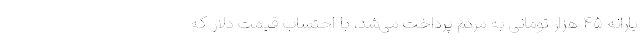
یارانه ۴۵ هزار تومانی به مردم پرداخت می‌شد، با احتساب قیمت دلار که